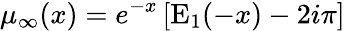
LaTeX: \mu_{\infty}(x)=e^{-x}\left[\mathrm{E}_{1}(-x)-2i\pi\right]